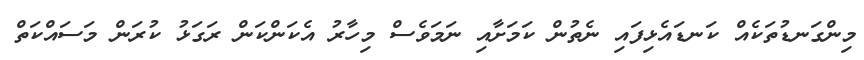
މިންގަނޑުތަކެއް ކަނޑައެޅިފައި ނެތުން ކަމަށާއި ނަމަވެސް މިހާރު އެކަންކަން ރަގަޅު ކުރަން މަސައްކަތް